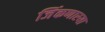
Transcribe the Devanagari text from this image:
जिंकणारया